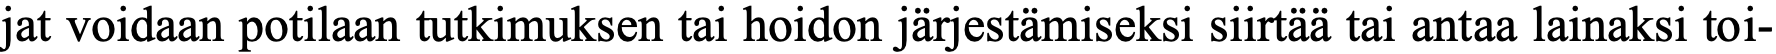
jat voidaan potilaan tutkimuksen tai hoidon järjestämiseksi siirtää tai antaa lainaksi toi-